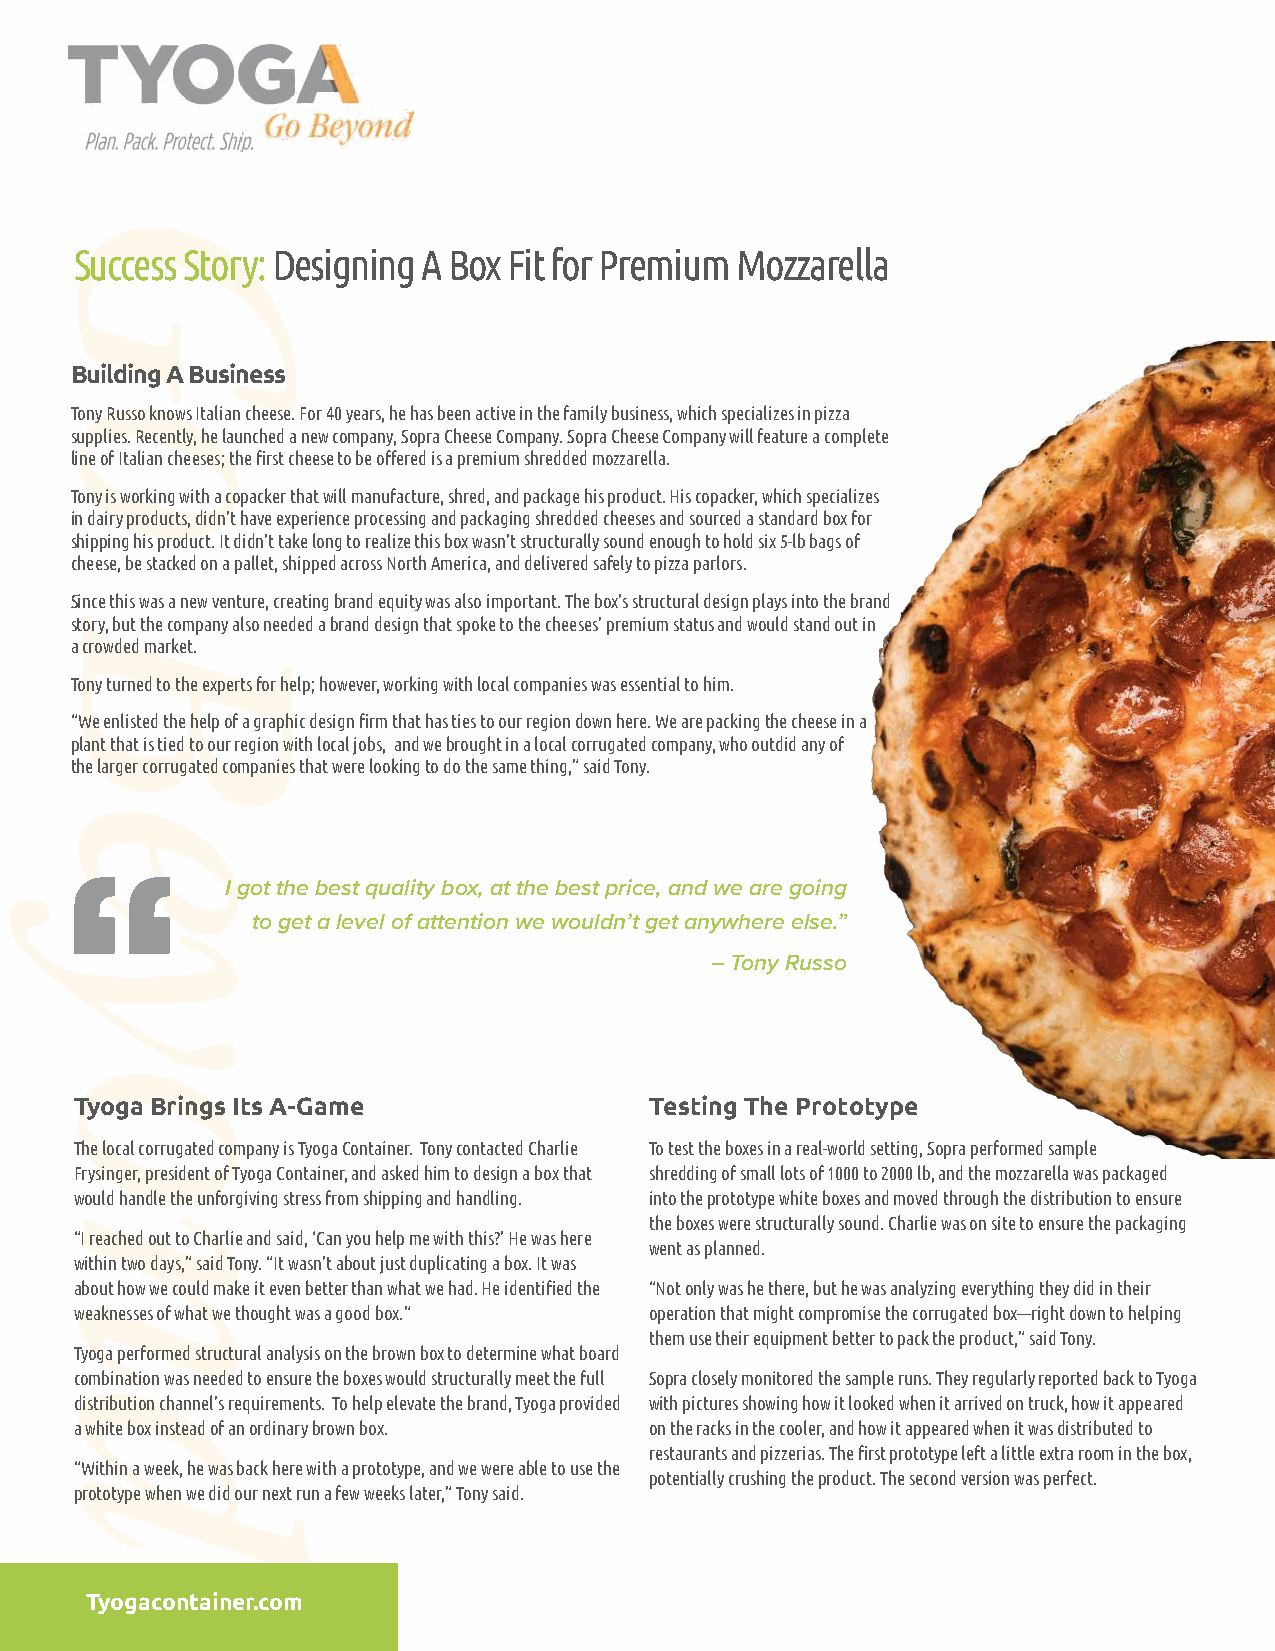
Success Story: Designing A Box Fit for Premium Mozzarella
 Building A Business
 Tony Russo knows Italian cheese. For 40 years, he has been active in the family business, which specializes in pizza
 supplies. Recently, he launched a new company, Sopra Cheese Company. Sopra Cheese Company will feature a complete
 line of Italian cheeses; the first cheese to be offered is a premium shredded mozzarella.
 Tony is working with a copacker that will manufacture, shred, and package his product. His copacker, which specializes
 in dairy products, didn’t have experience processing and packaging shredded cheeses and sourced a standard box for
 shipping his product. It didn’t take long to realize this box wasn’t structurally sound enough to hold six 5-lb bags of
 cheese, be stacked on a pallet, shipped across North America, and delivered safely to pizza parlors.
 Since this was a new venture, creating brand equity was also important. The box’s structural design plays into the brand
 story, but the company also needed a brand design that spoke to the cheeses’ premium status and would stand out in
 a crowded market.
 Tony turned to the experts for help; however, working with local companies was essential to him.
 “We enlisted the help of a graphic design firm that has ties to our region down here. We are packing the cheese in a
 plant that is tied to our region with local jobs, and we brought in a local corrugated company, who outdid any of
 the larger corrugated companies that were looking to do the same thing,” said Tony.
 I got the best quality box, at the best price, and we are going
 to get a level of attention we wouldn’t get anywhere else.”
 –Tony Russo
 Tyoga Brings Its A-Game               Testing The Prototype
 The local corrugated company is Tyoga Container. Tony contacted Charlie To test the boxes in a real-world setting, Sopra performed sample
 Frysinger, president of Tyoga Container, and asked him to design a box that shredding of small lots of 1000 to 2000 lb, and the mozzarella was packaged
 would handle the unforgiving stress from shipping and handling. into the prototype white boxes and moved through the distribution to ensure
 the boxes were structurally sound. Charlie was on site to ensure the packaging
 “I reached out to Charlie and said, ‘Can you help me with this?’ He was here
 went as planned.
 within two days,” said Tony. “It wasn’t about just duplicating a box. It was
 about how we could make it even better than what we had. He identified the “Not only was he there, but he was analyzing everything they did in their
 weaknesses of what we thought was a good box.” operation that might compromise the corrugated box—right down to helping
 them use their equipment better to pack the product,” said Tony.
 Tyoga performed structural analysis on the brown box to determine what board
 combination was needed to ensure the boxes would structurally meet the full Sopra closely monitored the sample runs. They regularly reported back to Tyoga
 distribution channel’s requirements. To help elevate the brand, Tyoga provided with pictures showing how it looked when it arrived on truck, how it appeared
 a white box instead of an ordinary brown box. on the racks in the cooler, and how it appeared when it was distributed to
 restaurants and pizzerias. The first prototype left a little extra room in the box,
 “Within a week, he was back here with a prototype, and we were able to use the
 potentially crushing the product. The second version was perfect.
 prototype when we did our next run a few weeks later,” Tony said.
 Tyogacontainer.com